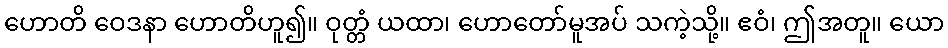
ဟောတိ ဝေဒနာ ဟောတိဟူ၍။ ဝုတ္တံ ယထာ၊ ဟောတော်မူအပ် သကဲ့သို့။ ဧဝံ၊ ဤအတူ။ ယော